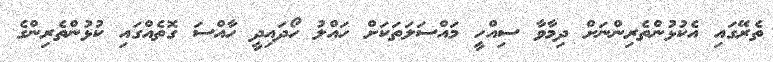
ތެރޭގައި އެކުޅުންތެރިންނަށް ދިމާވާ ސިއްހީ މައްސަލަތަކަށް ހައްލު ހޯދައިދީ ހާއްސަ ގޮތެއްގައި ކުޅުންތެރިންގެ